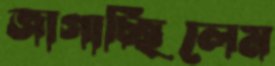
জাগাচ্ছিলেম